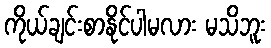
ကိုယ်ချင်းစာနိုင်ပါမလား မသိဘူး